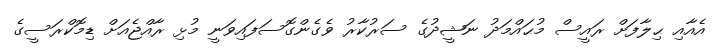
އެއާއި ޙިލާފަށް ރައީސް މުޙައްމަދު ނަޝީދުގެ ސަރުކާރު ވެގެންގޮސަފައިވަނީ މުޅި ރާއްޖެއަށް ޑިމޮކްރަސީގެ